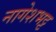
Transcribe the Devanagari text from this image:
नागेशभट्ट